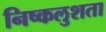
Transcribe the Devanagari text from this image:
निष्कलुशता